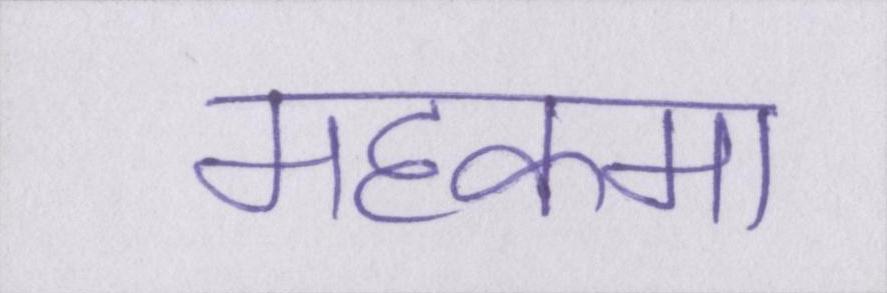
महकमा